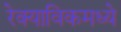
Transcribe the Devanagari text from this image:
रेक्याविकमध्ये